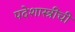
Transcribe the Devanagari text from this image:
पदेशास्त्रींची